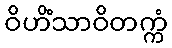
ဝိဟိံသာဝိတက္ကံ